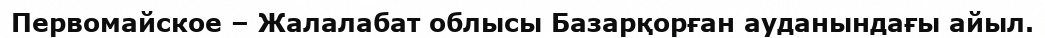
Первомайское – Жалалабат облысы Базарқорған ауданындағы айыл.